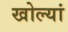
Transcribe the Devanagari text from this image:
खोल्यां